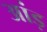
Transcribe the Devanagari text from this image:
आंड़